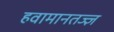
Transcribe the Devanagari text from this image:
हवामानतज्ज्ञ